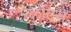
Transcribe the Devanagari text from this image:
मेलोटस